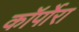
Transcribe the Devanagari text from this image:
कॉर्पोरा